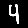
Digit: 4